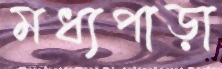
মধ্যপাড়া